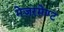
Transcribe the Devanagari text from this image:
मेजरमेण्ट